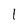
Character: 1